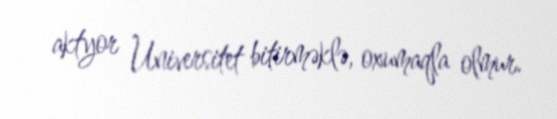
aktyor Universitet bitirməklə, oxumaqla olmur.